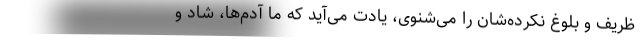
ظریف و بلوغ نکرده‌شان را می‌شنوی، یادت می‌آید که ما آدم‌ها، شاد و